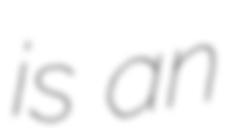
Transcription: is an